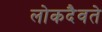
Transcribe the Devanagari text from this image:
लोकदैवते